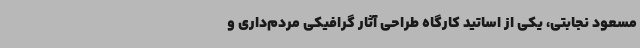
مسعود نجابتی، یکی از اساتید کارگاه طراحی آثار گرافیکی مردم‌داری و